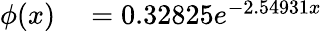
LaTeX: \begin{array}{rl}{\phi(x)}&{{}=0.32825e^{-2.54931x}}\end{array}